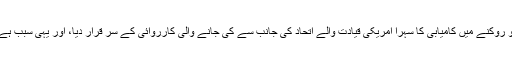
برعکس اس کے، برینن نے عراق اور شام کے اندر اس گروپ کی پیش قدمی کو روکنے میں کامیابی کا سہرا امریکی قیادت والے اتحاد کی جانب سے کی جانے والی کارروائی کے سر قرار دیا، اور یہی سبب ہے کہ اس انتہا پسند گروہ نےاب اپنے حملوں کا رُخ بیرون ملک کی جانب پلٹا ہے۔